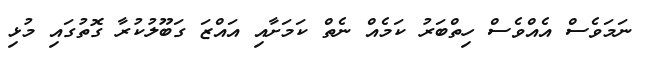
ނަަމަވެސް އެއްވެސް ހިތްބަރު ކަމެއް ނެތް ކަމަށާއި އައްޒަ ގަބޫލުކުރާ ގޮތުގައި މުޅި